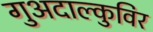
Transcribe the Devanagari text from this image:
गुअदाल्कुविर